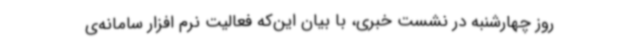
روز چهارشنبه در نشست خبری، با بیان این‌که فعالیت نرم افزار سامانه‌ی